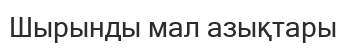
Шырынды мал азықтары